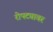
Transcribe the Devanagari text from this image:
रोपट्यावर